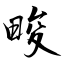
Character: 畯